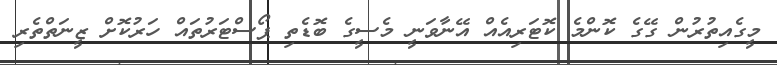
މީގެއިތުރުން ގޭގެ ކޮންމެ ކޮޓަރިއެއް އޭނާވަނީ މެސީގެ ބޮޑެތި ޕޯސްޓަރުތައް ހަރުކޮށް ޒީނަތްތެރި